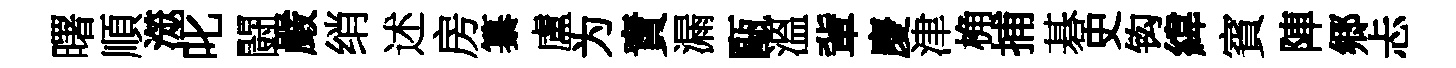
曙順澨叱闘嚴绡述房纂盧为責漏甌溫軰慶津桷捕碁史钩緯賓陣郷忐